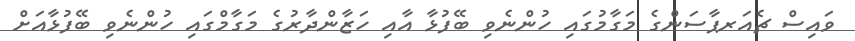
ވައިސް ޗެއަރޕާސަންގެ މަގާމުގައި ހުންނެވި ބޭފުޅާ އާއި ހަޒާންދާރުގެ މަގާމްގައި ހުންނެވި ބޭފުޅާއަށް